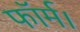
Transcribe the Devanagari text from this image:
फॉर्म।